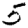
Digit: 5